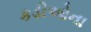
કડીઓના